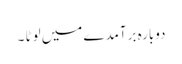
دوبارہ برآمدے میں لوٹا ۔